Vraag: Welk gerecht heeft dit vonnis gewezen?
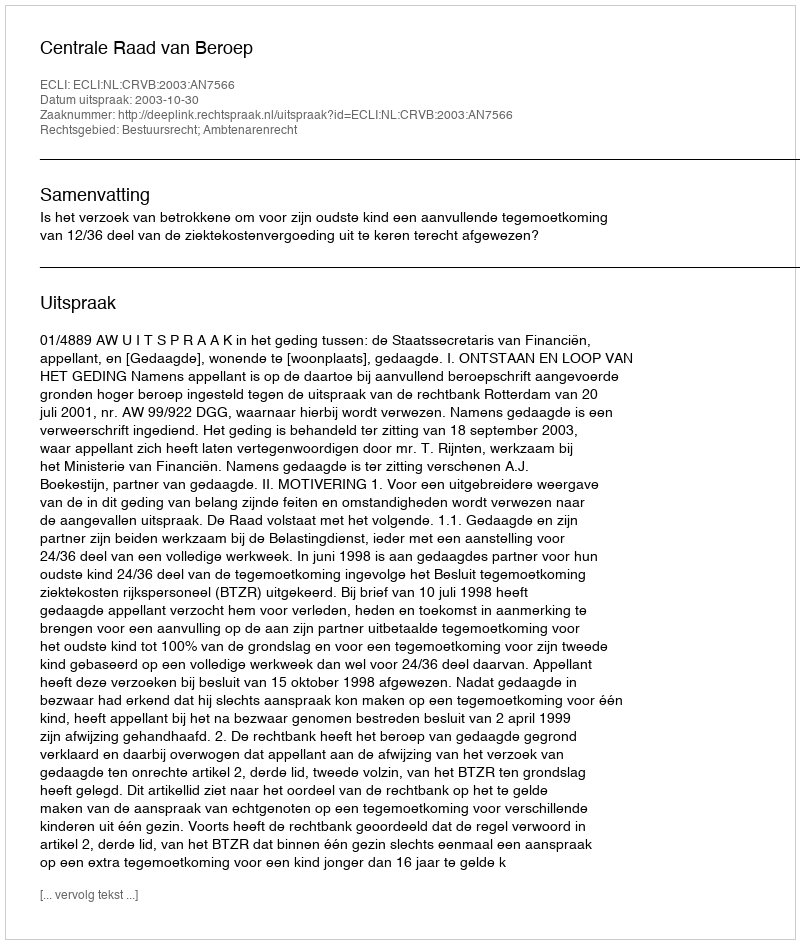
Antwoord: Centrale Raad van Beroep